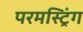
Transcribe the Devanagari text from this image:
परमस्ट्रिंग